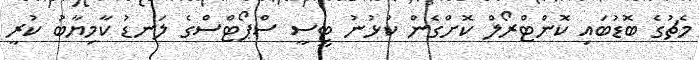
މެޗުގެ ބޮޑުބައި ކޮންޓްރޯލް ކޮށްގެން ކުޅުނު ޓީސީ ސްޕޯޓްސްގެ ލަނޑު ކާމިޔާބު ކުރީ